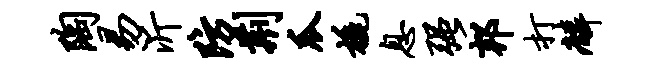
陶易沂防荆瓜橇息强邦打麟